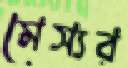
মেস্যর